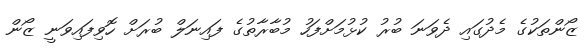
ޒޯންތަކުގެ މެދުގައި ދެވަނަ ބުރު ކުޅުމަށްފަހު މުބާރާތުގެ ފައިނަލް ބުރަށް ހޮވިފައިވަނީ ޒޯން